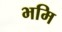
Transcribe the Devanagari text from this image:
भमि